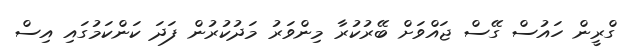
ގްރީން ހައުސް ގޭސް ޖައްވަށް ބޭރުކުރާ މިންވަރު މަދުކުރުން ފަދަ ކަންކަމުގައި އިސް